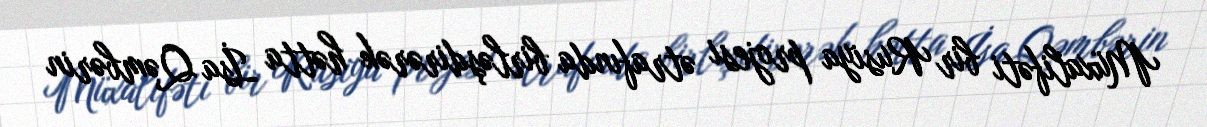
Müxalifəti bir Rusiya projesi ətrafında birləşdirərək hətta İsa Qəmbərin